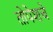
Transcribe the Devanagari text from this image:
तोपेशचे